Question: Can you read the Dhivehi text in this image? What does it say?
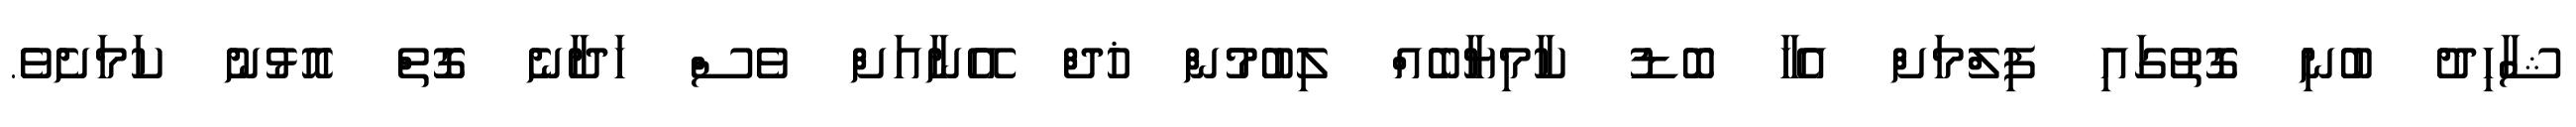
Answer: ޝާހިދު ބުނި ގޮތުގައި ފިލްމަށް އެހާ ބޮޑު ކާމިޔާބެއް ލިބުމުން ޚުދް އޭނާއަށް ވެސް ހަދާނެ ގޮތް އޮޅުނު ކަމަށެވެ.